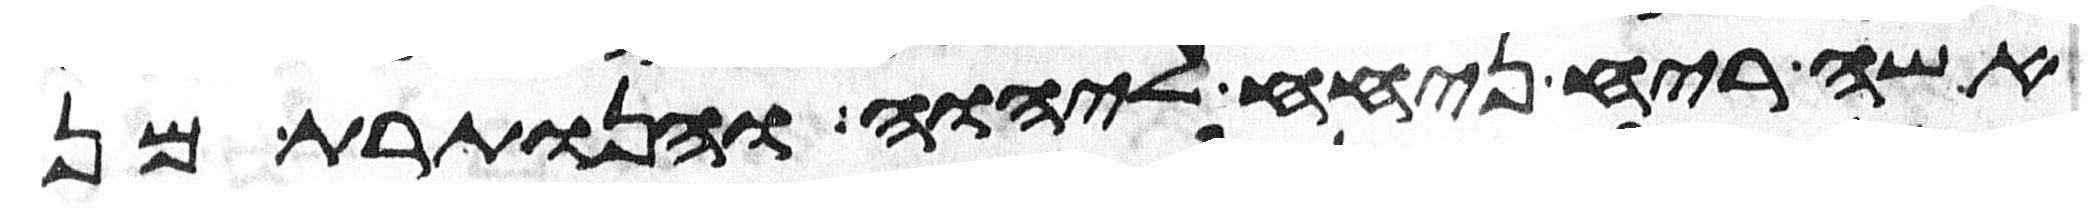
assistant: אשה ריח ניחח ליהוה והנותרת מן